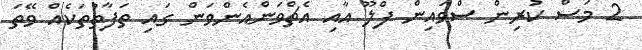
2 މަސް ކުރިން ސްވައިން ފްލޫ އާއި އެޗްވަންއެންވަން ގައި ތަފާތުތަކެއް ވޭތަ